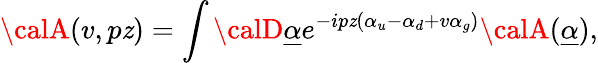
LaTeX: {\calA}(v,p\mathit{z})=\int{\calD}\underline{{{{\alpha}}}}e^{-ip\mathit{z}(\alpha_{u}-\alpha_{d}+v\alpha_{g})}{\calA}(\underline{{{{\alpha}}}}),